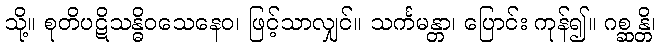
သို့။ စုတိပဋိသန္ဓိဝသေနေဝ၊ ဖြင့်သာလျှင်။ သင်္ကမန္တာ၊ ပြောင်း ကုန်၍။ ဂစ္ဆန္တိ၊